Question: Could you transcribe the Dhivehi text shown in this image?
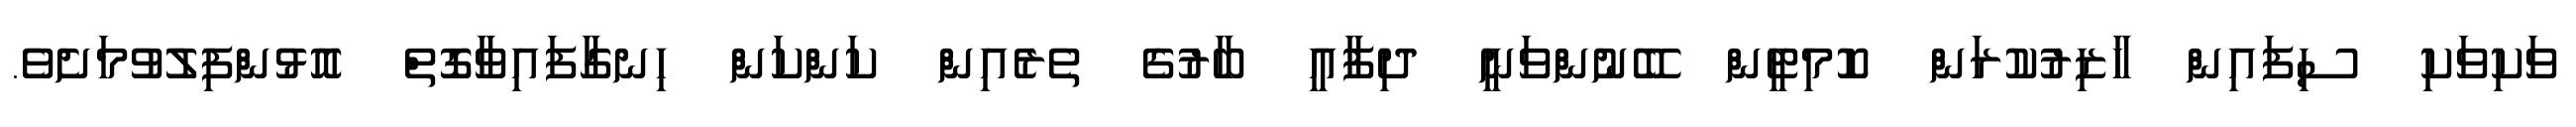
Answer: ވަކިވަކި ސިފައިން ހާޒިރުކުރަން ކޮމިޓީން ބޭނުންވަނީ ދިފާއީ ބާރުގެ ތެރެއިން ކަންކަން ހިނގާފައިވާގޮތް އޮޅުންފިލުވުމަށެވެ.